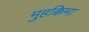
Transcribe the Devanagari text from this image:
मुहक्किमा